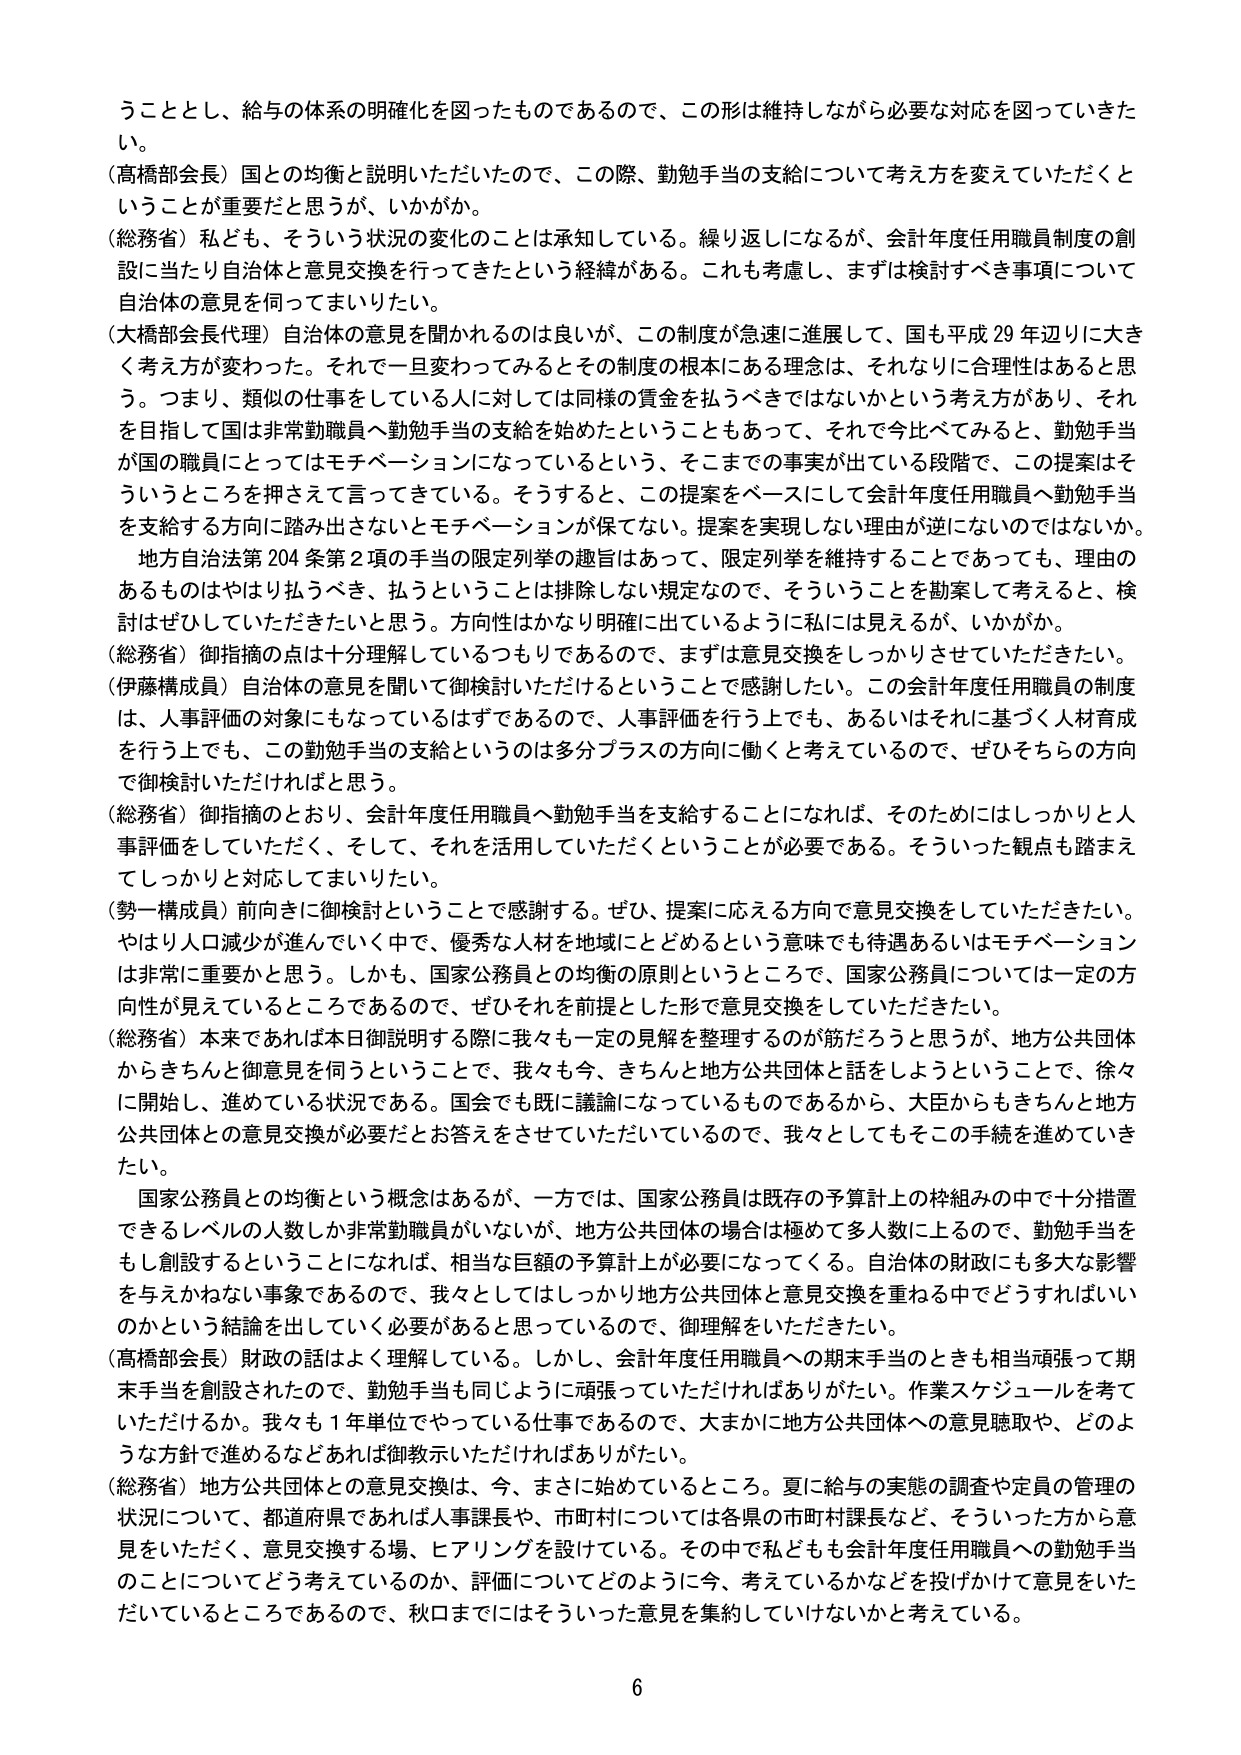
うこととし、給与の体系の明確化を図ったものであるので、この形は維持しながら必要な対応を図っていきた
い。
（高橋部会長）国との均衡と説明いただいたので、この際、勤勉手当の支給について考え方を変えていただくと
いうことが重要だと思うが、いかがか。
（総務省）私ども、そういう状況の変化のことは承知している。繰り返しになるが、会計年度任用職員制度の創
設に当たり自治体と意見交換を行ってきたという経緯がある。これも考慮し、まずは検討すべき事項について
自治体の意見を伺ってまいりたい。
（大橋部会長代理）自治体の意見を聞かれるのは良いが、この制度が急速に進展して、国も平成29年辺りに大き
く考え方が変わった。それで一旦変わってみるとその制度の根本にある理念は、それなりに合理性はあると思
う。つまり、類似の仕事をしている人に対しては同様の賃金を払うべきではないかという考え方があり、それ
を目指して国は非常勤職員へ勤勉手当の支給を始めたということもあって、それで今比べてみると、勤勉手当
が国の職員にとってはモチベーションになっているという、そこまでの事実が出ている段階で、この提案はそ
ういうところを押さえて言ってきている。そうすると、この提案をベースにして会計年度任用職員へ勤勉手当
を支給する方向に踏み出さないとモチベーションが保てない。提案を実現しない理由が逆じゃないのではないか。
地方自治法204条第2項の手当の限定列挙の趣旨はあって、限定列挙を維持することであっても、理由の
あるものはやはり払うべき、払うということは排除しない規定なので、そういうことを勘案して考えると、検
討はぜひしていただきたいと思う。方向性はかなり明確に出ているように私には見えるが、いかがか。
（総務省）御指摘の点は十分理解しているつもりであるので、まずは意見交換をしっかりさせていただきたい。
（伊藤構成員）自治体の意見を聞いて御検討いただけるということで感謝したい。この会計年度任用職員の制度
は、人事評価の対象にもなっているはずであるので、人事評価を行う上でも、あるいはそれに基づく人材育成
を行う上でも、この勤勉手当の支給というのは多分プラスの方向に働くと考えているので、ぜひそちらの方向
で御検討いただければと思う。
（総務省）御指摘のとおり、会計年度任用職員へ勤勉手当を支給することになれば、そのためにはしっかりと人
事評価をしていただく、そして、それを活用していただくということが必要である。そういった観点も踏まえ
てしっかりと対応してまいりたい。
（勢一構成員）前向きに御検討ということで感謝する。ぜひ、提案に応える方向で意見交換をしていただきたい。
やはり人口減少が進んでいく中で、優秀な人材を地域にとどめるという意味でも待遇あるいはモチベーション
は非常に重要かと思う。しかも、国家公務員との均衡の原則というところで、国家公務員については一定の方
向性が見えているところであるので、ぜひそれを前提とした形で意見交換をしていただきたい。
（総務省）本来であれば本日御説明する際に我々も一定の見解を整理するのが筋だろうと思うが、地方公共団体
からきちんと御意見を伺うということで、我々も今、きちんと地方公共団体と話をしようということで、徐々
に開始し、進めている状況である。国会でも既に議論になっているものであるから、大臣からもきちんと地方
公共団体との意見交換が必要だとお答えをさせていただいているので、我々としてもそこの手続を進めていき
たい。
国家公務員との均衡という概念はあるが、一方では、国家公務員は既存の予算計上の枠組みの中で十分措置
できるレベルの人数しか非常勤職員がいないが、地方公共団体の場合は極めて多人数に上るので、勤勉手当を
もし創設するということになれば、相当な巨額の予算計上が必要になってくる。自治体の財政にも多大な影響
を与えかねない事象であるので、我々としてはしっかり地方公共団体と意見交換を重ねる中でどうすればいい
のかという結論を出していく必要があると思っているので、御理解をいただきたい。
（高橋部会長）財政の話はよく理解している。しかし、会計年度任用職員への期末手当のときも相当頑張って期
末手当を創設されたので、勤勉手当も同じように頑張っていただければありがたい。作業スケジュールを考えて
いただけるか。我々も1年単位でやっている仕事であるので、大まかに地方公共団体への意見聴取や、どのよ
うな方針で進めるなどあれば御教示いただければありがたい。
（総務省）地方公共団体との意見交換は、今、まさに始めているところ。夏に給与の実態の調査や定員の管理の
状況について、都道府県であれば人事課長や、市町村については各県の市町村課長など、そういった方から意
見をいただく、意見交換する場、ヒアリングを設けている。その中で私どもも会計年度任用職員への勤勉手当
のことについてどう考えているのか、評価についてどのように今、考えているかなどを投げかけて意見をいた
だいているところであるので、秋口までにはそういった意見を集約していけないかと考えている。

6